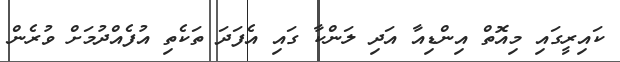
ކައިރީގައި މިއޮތް އިންޑިއާ އަދި ލަންކާ ގައި އެފަދަ ތަކެތި އުފެއްދުމަށް ވުރެން